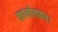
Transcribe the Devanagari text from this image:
खानोलकर।